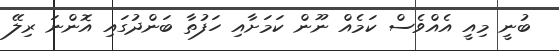
ބުނީ މިއީ އެއްވެސް ކަމެއް ނޫން ކަމަށާއި ހަފުތާ ބަންދުގައި އޮންނަ ރިލޭ